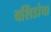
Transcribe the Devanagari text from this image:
वशिंडांचा